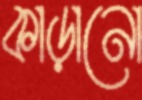
কাড়ানো